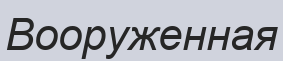
Вооруженная